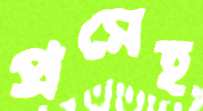
প্রমেহ